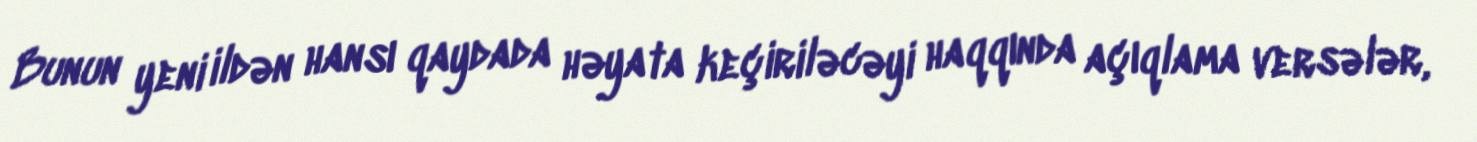
Bunun yeni ildən hansı qaydada həyata keçiriləcəyi haqqında açıqlama versələr,